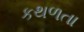
કથળતા